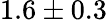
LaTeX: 1.6\pm 0.3